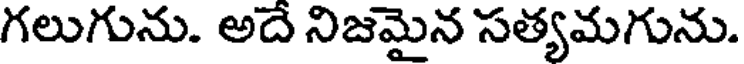
గలుగును. అదే నిజమైన సత్యమగును.